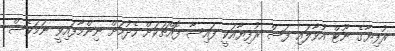
ރުފިޔާގެ ނޫޓް އުވާލައި ފަސް ރުފިޔާއަކީ ފައިސާ ފޮއްޗަކަށް ހެދުމަށް ނިންމާފައިވީ ނަމަވެސް